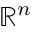
\mathbb { R } ^ { n }